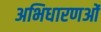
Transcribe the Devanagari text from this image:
अभिधारणओं